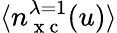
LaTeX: \langle n_{\mathrm{~x~c~}}^{\lambda=1}(u)\rangle